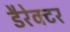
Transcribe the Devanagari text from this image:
डैरेक्टर